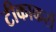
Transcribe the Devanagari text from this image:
टीकाकरों